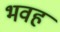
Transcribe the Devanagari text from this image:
भवह